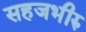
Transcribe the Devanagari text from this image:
सहजभीरु